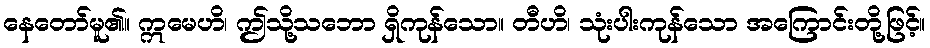
နေတော်မူ၏။ ဣမေဟိ၊ ဤသို့သဘော ရှိကုန်သော။ တီဟိ၊ သုံးပါးကုန်သော အကြောင်းတို့ဖြင့်။